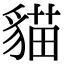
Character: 貓